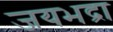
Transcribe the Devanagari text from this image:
जयभद्रा